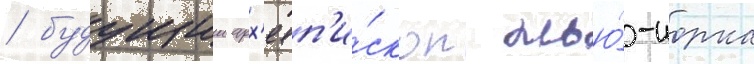
/ будущии арх'иеп'и́скоп нью́-иорка